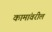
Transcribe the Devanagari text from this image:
कामांवरील